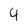
Character: 4